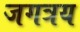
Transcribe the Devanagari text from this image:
जगत्रय